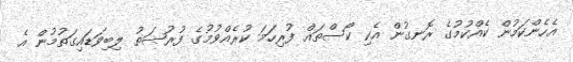
އެހެންކަމުން ކެއްކުމުގެ ރޮނގުން އެކި ކޯސްތައް ފުރިހަމަ ކުރެއްވުމުގެ ފުރުޞަތު ލިބިވަޑައިގަތުމުން އެ